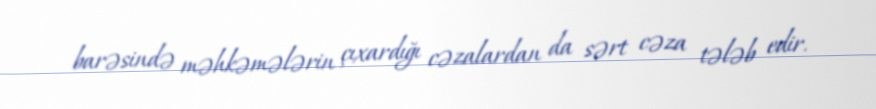
barəsində məhkəmələrin çıxardığı cəzalardan da sərt cəza tələb edir.